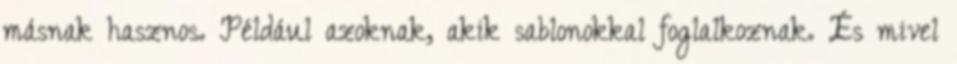
másnak hasznos. Például azoknak, akik sablonokkal foglalkoznak. És mivel